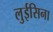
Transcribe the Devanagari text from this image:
लुईसिना